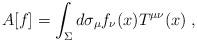
LaTeX: \begin{align*} A[f] = \int_\Sigma d \sigma_\mu f_\nu (x) T^{\mu \nu}(x) \; ,\end{align*}